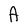
Character: A